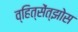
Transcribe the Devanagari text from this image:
व्हित्सेंत्झोस